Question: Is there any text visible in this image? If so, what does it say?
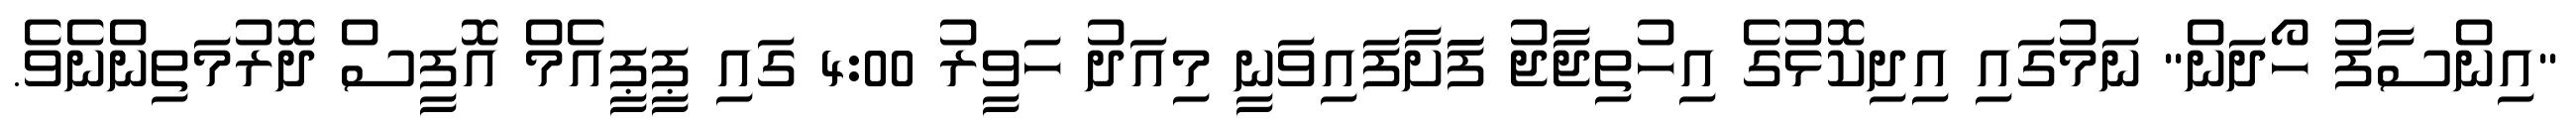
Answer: "އިންސާފު ހޯދަން" ނަމުގައި އިދިކޮޅުގެ އިހުތިޖާޖު ފަަށާފައިވަނީ މިއަދު ހަވީރު 4:00 ގައި ޕީޕީއެމް އޮފީސް ދޮރުމަތިންނެވެ.